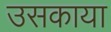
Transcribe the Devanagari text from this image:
उसकाया